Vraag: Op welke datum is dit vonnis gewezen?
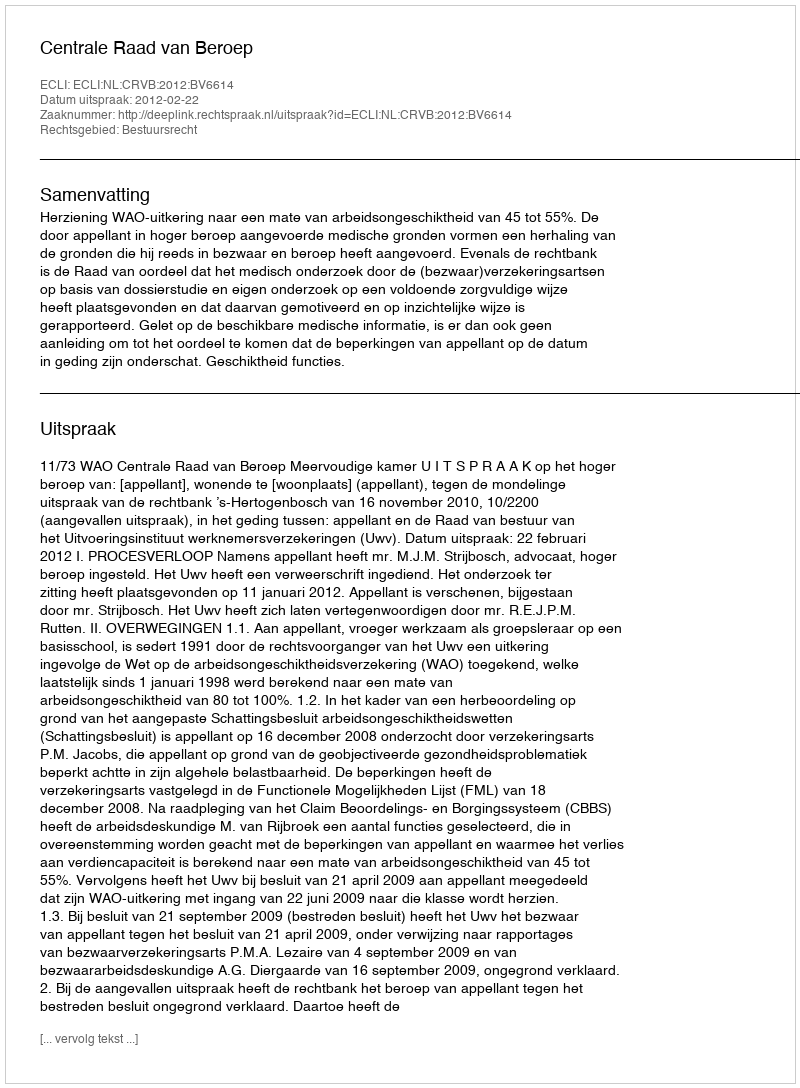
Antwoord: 2012-02-22